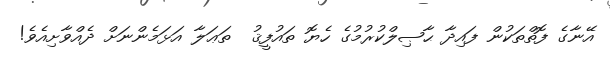
އޭނާގެ ފޮތްތަކުން ފައިދާ ޙާޞިލްކުރުމުގެ ހެޔޮ ތައުފީޤު  ތަޢަލާ އަޅަމެންނަށް ދެއްވާށިއެވެ!